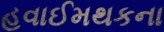
હવાઈમથકના